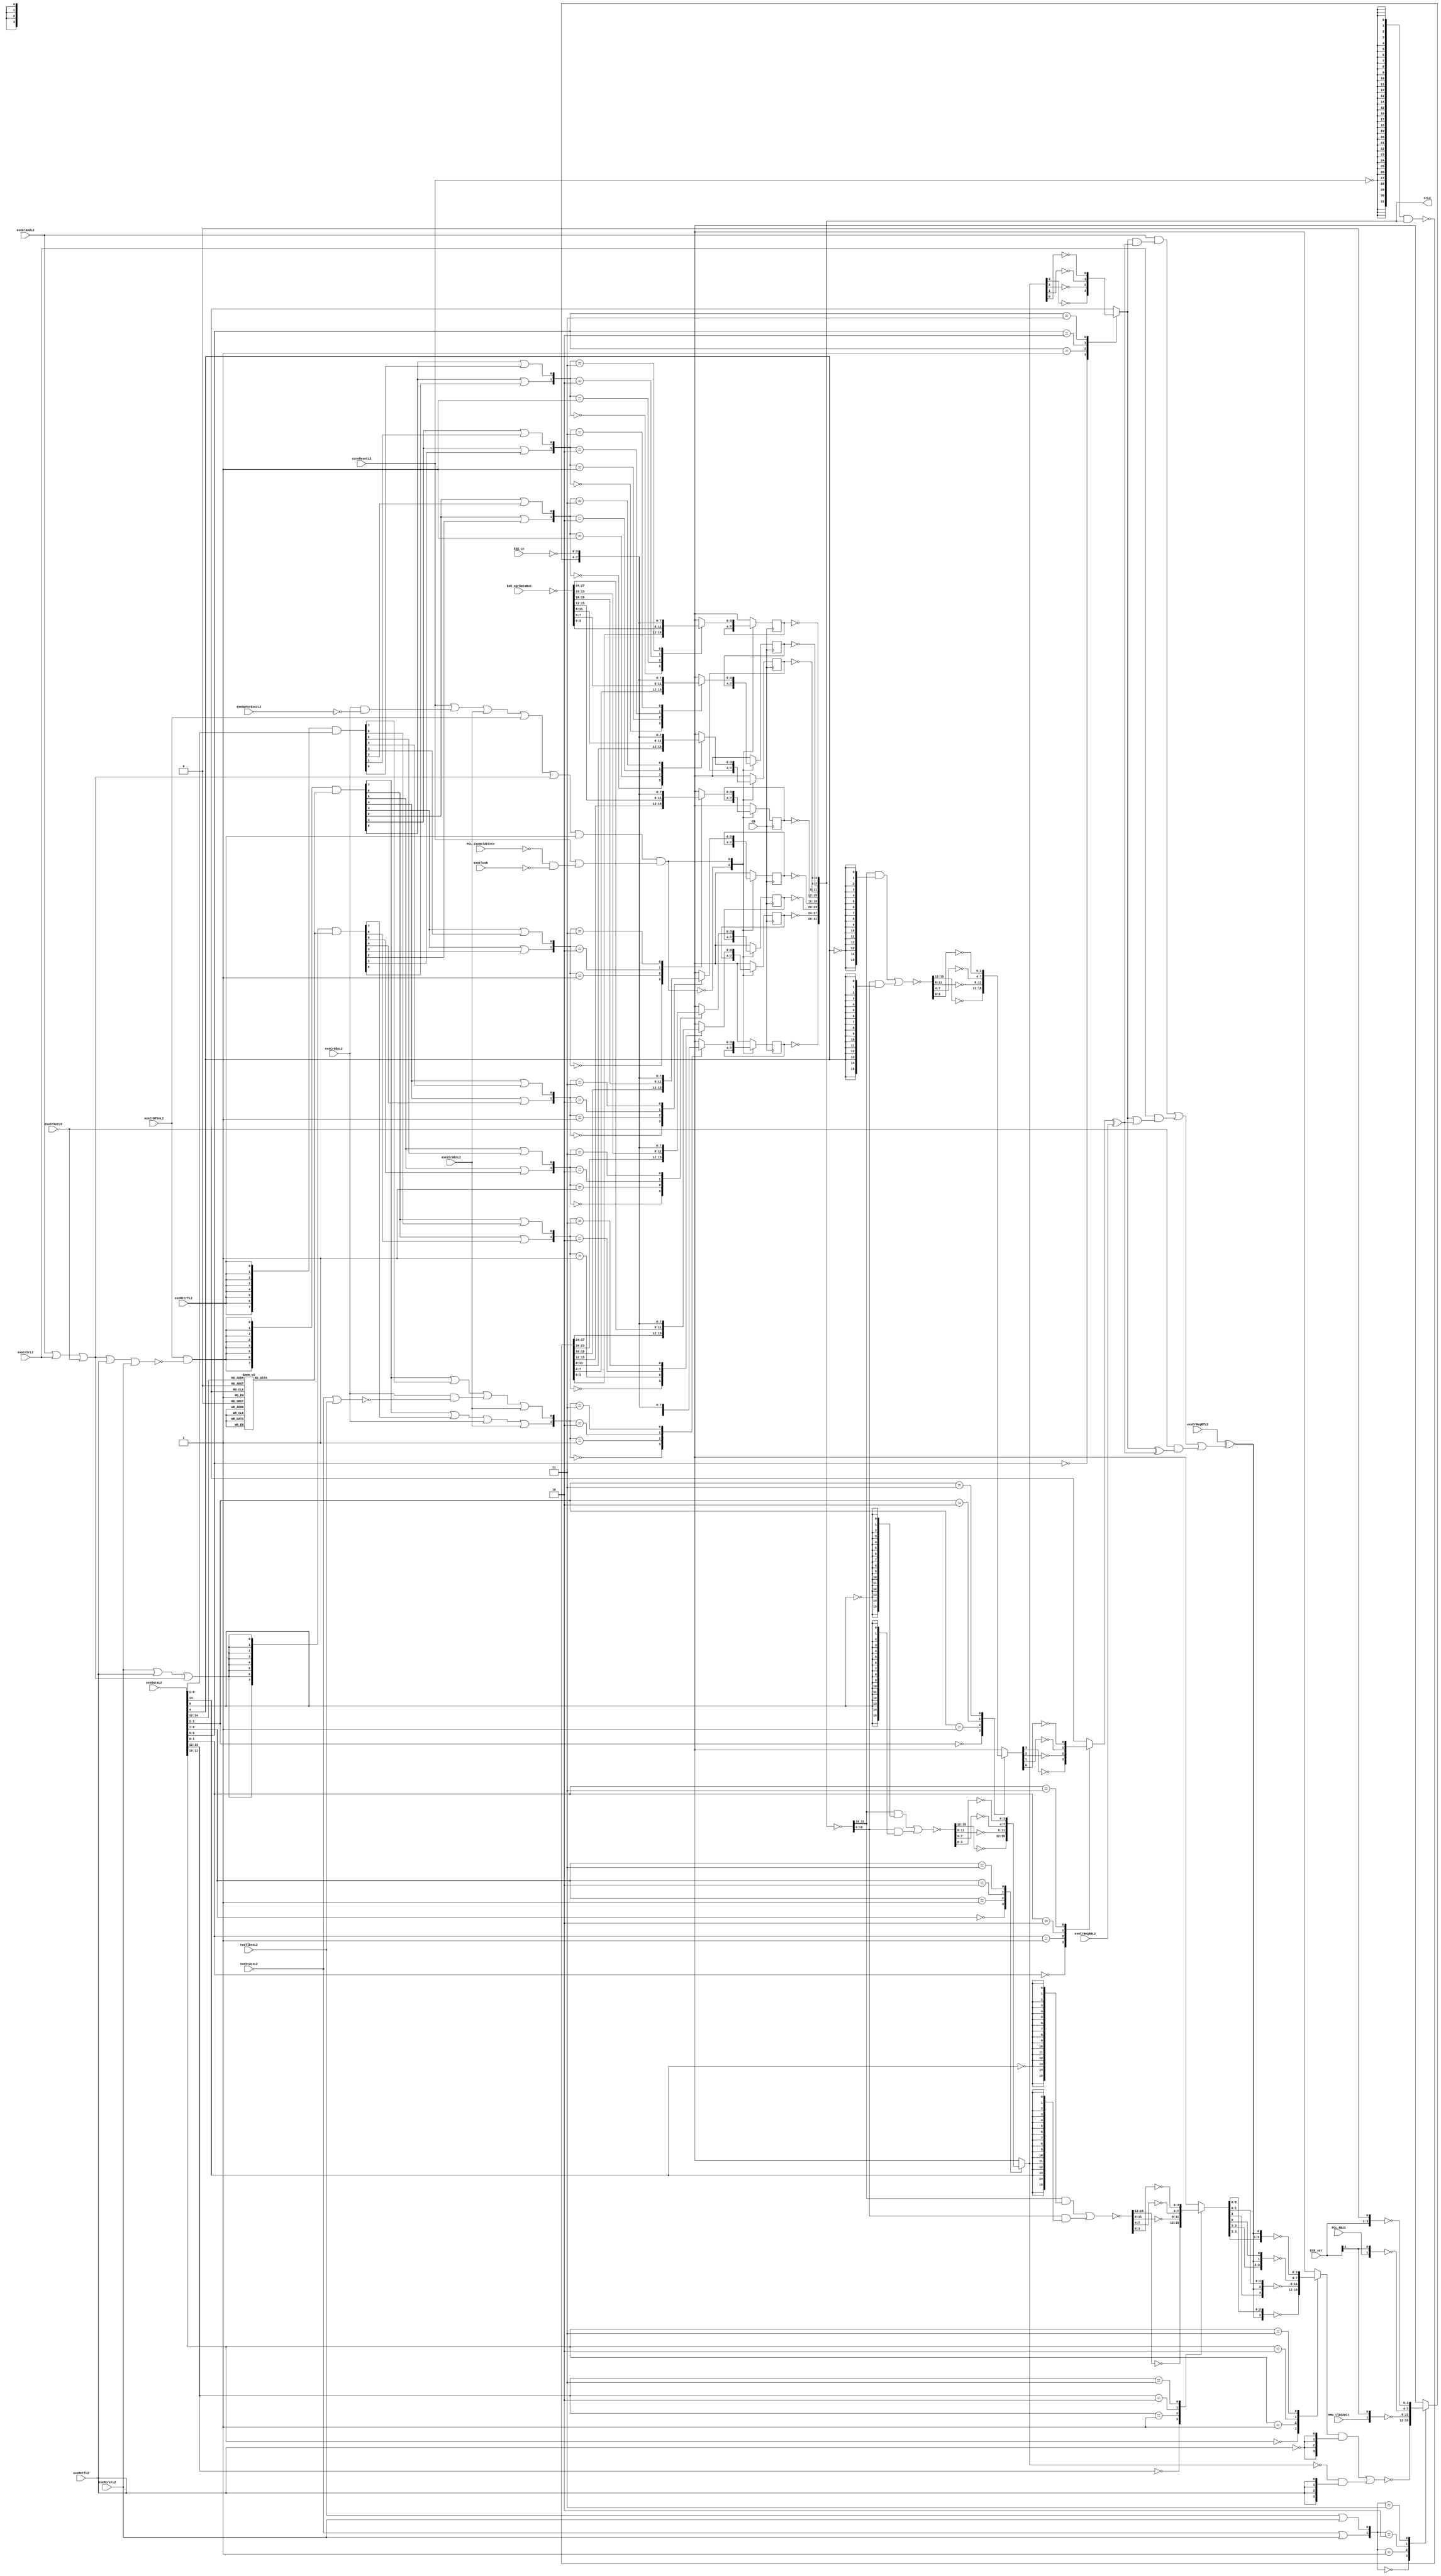
// 
// ************************************************************************** 
// 
//  Copyright (c) International Business Machines Corporation, 2005. 
// 
//  This file contains trade secrets and other proprietary and confidential 
//  information of International Business Machines Corporation which are 
//  protected by copyright and other intellectual property rights and shall 
//  not be reproduced, transferred to other documents, disclosed to others, 
//  or used for any purpose except as specifically authorized in writing by 
//  International Business Machines Corporation. This notice must be 
//  contained as part of this text at all times. 
// 
// ************************************************************************** 
//

module p405s_condReg( 
     crL2, CB, EXE_cc, EXE_sprDataBus, EXE_xer,
     MMU_tlbSXHit, PCL_Rbit, PCL_exeHoldForCr, coreResetL2, exe2Cr0EnL2, exeCr0EnL2,
     exeCrAndL2, exeCrBfEnL2, exeCrNegBBL2, exeCrNegBTL2, exeCrOrL2, exeCrXorL2,
     exeDataL2, exeFlush, exeMcrfL2, exeMcrxrL2, exeMtcrfL2, exeOpForExe2L2, exeStwcxL2,
     exeTlbsxL2
);


output [0:31]  crL2;

input  MMU_tlbSXHit, PCL_Rbit, PCL_exeHoldForCr, coreResetL2, exe2Cr0EnL2, exeCr0EnL2,
     exeCrAndL2, exeCrBfEnL2, exeCrNegBBL2, exeCrNegBTL2, exeCrOrL2, exeCrXorL2, exeFlush,
     exeMcrfL2, exeMcrxrL2, exeMtcrfL2, exeOpForExe2L2, exeStwcxL2, exeTlbsxL2;

input        CB;
input [0:3]  EXE_cc;
input [0:2]  EXE_xer;
input [0:31]  EXE_sprDataBus;
input [6:20]  exeDataL2;

// Buses in the design
wire  [0:3]  EXE_cc_Neg;
wire  [0:3]  crBFA;
wire  [0:1]  crInstMuxSel;
wire  [0:3]  crInst_Neg;
wire  [0:31]  EXE_sprDataBus_Neg;
wire  [0:15]  crBABFA_0;
wire  [0:15]  crMuxSelBus;
wire  [0:31]  crRegNeg;
wire  [0:3]  crBFANeg;
wire  [0:3]  crBB_12;
wire  [0:15]  crBB_0;
wire  [0:3]  crLogMcrf;
wire  [0:31]  crFeedBack_Neg;
wire  [0:15]  crBTField_0;
wire  [0:3]  crBTField;
wire  [0:3]  crLogical;
wire  coreReset_Neg;
wire  crLog, crBBwComp, crAnd, crOr, crXor;
wire  [0:7]   selCC, selCrInst, selSprBus;
reg   [0:7]   bfSel;
wire crBB, crBA, crBTNeg, crE1, crE2;
wire [6:8] exeDataL2_lo;
wire [12:19] exeDataL2_hi;
reg [0:3] crReg7_next, crReg7;
reg [0:3] crReg6_next, crReg6;
reg [0:3] crReg5_next, crReg5;
reg [0:3] crReg4_next, crReg4;
reg [0:3] crReg3_next, crReg3;
reg [0:3] crReg2_next, crReg2;
reg [0:3] crReg1_next, crReg1;
reg [0:3] crReg0_next, crReg0;
reg [0:3] crInstr_mux;
reg [0:3] crBT_34_mux;
reg [0:3] crBT_12_mux;
reg crBB_34_mux;
reg crBA_34_mux;
reg [0:3] crBABFA_12_mux;
reg [0:3] crBB_12_mux;


wire [0:31]  crL2_int;
assign crL2 = crL2_int;

//Removed the module 'dp_logIFB_sprBusInv' 
assign EXE_sprDataBus_Neg = ~EXE_sprDataBus;

//Removed the module 'dp_logIFB_condCodeInv' 
assign EXE_cc_Neg = ~EXE_cc;

//Removed the module 'dp_logIFB_crFeedback'
assign crFeedBack_Neg = ~({32{coreReset_Neg}} & crL2_int); 

//Removed the module 'condRegEqs' 
//
// cr logical instruction
assign crLog = exeCrAndL2 | exeCrOrL2 | exeCrXorL2;
//
// cr controls as follows
// crBBwComp - invert BB input
// crAnd     - execute And function
// crOr      - execute Or function
// crXor     - execute Xor function
// crBTNeg   - invert the function output
assign crBBwComp = crBB ^ exeCrNegBBL2;
assign crAnd = crBA & crBBwComp;
assign crOr = crBA | crBBwComp;
assign crXor = crBA ^ crBBwComp;
assign crBTNeg = exeCrNegBTL2 ^~
           ((exeCrAndL2 & crAnd) | (exeCrOrL2 & crOr) | (exeCrXorL2 & crXor));

// Select for crInst mux.
// 00 - cr logical
// 01 - tlbsx
// 10 - stwcx
// 11 - mcrxr
assign crInstMuxSel[0] = exeStwcxL2 | exeMcrxrL2;
assign crInstMuxSel[1] = exeTlbsxL2 | exeMcrxrL2;

// crE1 equation
// exeCr0EnL2 contains exeStwcxL2 and exeTlbsxL2 and many others.
// exeCrBfEnL2 contains mcrxr and mcrf and many others.
// crLog contains all CR logical instructions
assign crE1 = coreResetL2 | (exeCr0EnL2 & ~exeOpForExe2L2) | exe2Cr0EnL2 |
              exeCrBfEnL2 | crLog | exeMtcrfL2;
assign crE2 = coreResetL2 | (~PCL_exeHoldForCr & ~exeFlush);

assign coreReset_Neg = ~coreResetL2;

// *******************
// Build crMuxSelBus *
// *******************

// Decode exeBT_BF field.
always @(exeDataL2_lo)
begin
   casez(exeDataL2_lo)
     3'b000: bfSel[0:7] = 8'h80;
     3'b001: bfSel[0:7] = 8'h40;
     3'b010: bfSel[0:7] = 8'h20;
     3'b011: bfSel[0:7] = 8'h10;
     3'b100: bfSel[0:7] = 8'h08;
     3'b101: bfSel[0:7] = 8'h04;
     3'b110: bfSel[0:7] = 8'h02;
     3'b111: bfSel[0:7] = 8'h01;
     default: bfSel[0:7] = 8'hxx;
   endcase
end


// cr reg input mux selection
// 00 - feedback
// 01 - spr bus
// 10 - cr instructions
// 11 - exe CC
// APU will be included in exeCrBfEnL2 and exeDataBF when loading exe registers
// exeCr0EnL2 includes stwcx and tlbsx.
// Will rely on exe stage regs being cleared by reset so that crMuxSel will
// select the reset/hold leg 16'h0000
assign exeDataL2_hi[12:19] = exeDataL2[12:19];
assign exeDataL2_lo[6:8] =  exeDataL2[6:8];
assign selSprBus[0:7] = ({8{exeMtcrfL2}} & exeDataL2_hi[12:19]);
assign selCrInst[0:7] = ({8{(exeMcrxrL2 | exeMcrfL2 | crLog)}} & bfSel[0:7]);
assign selCC[0:7] = ({8{exeCrBfEnL2 & ~(crLog | exeMcrfL2 | exeMcrxrL2)}}
                    & bfSel[0:7]);

// CR0 has additional instructions that only update cr0.
// stwcx and tlbsx are included in exeCr0EnL2 but get there cr update from
// the cr instruction leg of the mux.
// Don't need to qualify exeCr0EnL2 with exeOpForExe2L2 because E1
// blocks update.
assign crMuxSelBus[0] = selCC[0] | selCrInst[0] | exeCr0EnL2 | exe2Cr0EnL2;
assign crMuxSelBus[1] = selCC[0] | selSprBus[0] |
                        (exeCr0EnL2 & ~(exeStwcxL2 | exeTlbsxL2)) | exe2Cr0EnL2;

assign crMuxSelBus[2] = selCC[1] | selCrInst[1];
assign crMuxSelBus[3] = selCC[1] | selSprBus[1];

assign crMuxSelBus[4] = selCC[2] | selCrInst[2];
assign crMuxSelBus[5] = selCC[2] | selSprBus[2];

assign crMuxSelBus[6] = selCC[3] | selCrInst[3];
assign crMuxSelBus[7] = selCC[3] | selSprBus[3];

assign crMuxSelBus[8] = selCC[4] | selCrInst[4];
assign crMuxSelBus[9] = selCC[4] | selSprBus[4];

assign crMuxSelBus[10] = selCC[5] | selCrInst[5];
assign crMuxSelBus[11] = selCC[5] | selSprBus[5];

assign crMuxSelBus[12] = selCC[6] | selCrInst[6];
assign crMuxSelBus[13] = selCC[6] | selSprBus[6];

assign crMuxSelBus[14] = selCC[7] | selCrInst[7];
assign crMuxSelBus[15] = selCC[7] | selSprBus[7];


//Removed the module 'dp_regIFB_crReg7'
//Removed the module 'dp_regIFB_crReg6'
//Removed the module 'dp_regIFB_crReg5'
//Removed the module 'dp_regIFB_crReg4'
//Removed the module 'dp_regIFB_crReg3'
//Removed the module 'dp_regIFB_crReg2'
//Removed the module 'dp_regIFB_crReg1'
//Removed the module 'dp_regIFB_crReg0'


assign crL2_int[28:31] = ~crReg7;
// 4-1 Mux input to register
always @(crFeedBack_Neg or EXE_sprDataBus_Neg or crInst_Neg 
              or EXE_cc_Neg or crMuxSelBus)
  casez(crMuxSelBus[14:15])
    2'b00: crReg7_next = crFeedBack_Neg[28:31];
    2'b01: crReg7_next = EXE_sprDataBus_Neg[28:31];
    2'b10: crReg7_next = crInst_Neg[0:3];
    2'b11: crReg7_next = EXE_cc_Neg[0:3];
    default: crReg7_next = 4'bx;
  endcase
// posedge FF
always @(posedge CB)
  casez(crE1 & crE2)
    1'b0: crReg7 <= crReg7;
    1'b1: crReg7 <= crReg7_next;
    default: crReg7 <= 4'bx;
  endcase

assign crL2_int[24:27] = ~crReg6;
// 4-1 Mux input to register
always @(crFeedBack_Neg or EXE_sprDataBus_Neg or crInst_Neg or 
            EXE_cc_Neg or crMuxSelBus)
  casez(crMuxSelBus[12:13])
    2'b00: crReg6_next = crFeedBack_Neg[24:27];
    2'b01: crReg6_next = EXE_sprDataBus_Neg[24:27];
    2'b10: crReg6_next = crInst_Neg[0:3];
    2'b11: crReg6_next = EXE_cc_Neg[0:3];
    default: crReg6_next = 4'bx;
  endcase
// posedge FF
always @(posedge CB)
  casez(crE1 & crE2)
    1'b0: crReg6 <= crReg6;
    1'b1: crReg6 <= crReg6_next;
    default: crReg6 <= 4'bx;
  endcase

assign crL2_int[20:23] = ~crReg5;
// 4-1 Mux input to register
always @(crFeedBack_Neg or EXE_sprDataBus_Neg or crInst_Neg or 
            EXE_cc_Neg or crMuxSelBus)
  casez(crMuxSelBus[10:11])
    2'b00: crReg5_next = crFeedBack_Neg[20:23];
    2'b01: crReg5_next = EXE_sprDataBus_Neg[20:23];
    2'b10: crReg5_next = crInst_Neg[0:3];
    2'b11: crReg5_next = EXE_cc_Neg[0:3];
    default: crReg5_next = 4'bx;
  endcase
// posedge FF
always @(posedge CB)
  casez(crE1 & crE2)
    1'b0: crReg5 <= crReg5;
    1'b1: crReg5 <= crReg5_next;
    default: crReg5 <= 4'bx;
  endcase

assign crL2_int[16:19] = ~crReg4;
// 4-1 Mux input to register
always @(crFeedBack_Neg or EXE_sprDataBus_Neg or crInst_Neg or 
            EXE_cc_Neg or crMuxSelBus)
  casez(crMuxSelBus[8:9])
    2'b00: crReg4_next = crFeedBack_Neg[16:19];
    2'b01: crReg4_next = EXE_sprDataBus_Neg[16:19];
    2'b10: crReg4_next = crInst_Neg[0:3];
    2'b11: crReg4_next = EXE_cc_Neg[0:3];
    default: crReg4_next = 4'bx;
  endcase
// posedge FF
always @(posedge CB)
  casez(crE1 & crE2)
    1'b0: crReg4 <= crReg4;
    1'b1: crReg4 <= crReg4_next;
    default: crReg4 <= 4'bx;
  endcase

assign crL2_int[12:15] = ~crReg3;
// 4-1 Mux input to register
always @(crFeedBack_Neg or EXE_sprDataBus_Neg or 
         crInst_Neg or EXE_cc_Neg or crMuxSelBus)
  casez(crMuxSelBus[6:7])
    2'b00: crReg3_next = crFeedBack_Neg[12:15];
    2'b01: crReg3_next = EXE_sprDataBus_Neg[12:15];
    2'b10: crReg3_next = crInst_Neg[0:3];
    2'b11: crReg3_next = EXE_cc_Neg[0:3];
    default: crReg3_next = 4'bx;
  endcase
// posedge FF
always @(posedge CB)
  casez(crE1 & crE2)
    1'b0: crReg3 <= crReg3;
    1'b1: crReg3 <= crReg3_next;
    default: crReg3 <= 4'bx;
  endcase

assign crL2_int[8:11] = ~crReg2;
// 4-1 Mux input to register
always @(crFeedBack_Neg or EXE_sprDataBus_Neg or crInst_Neg 
             or EXE_cc_Neg or crMuxSelBus)
  casez(crMuxSelBus[4:5])
    2'b00: crReg2_next = crFeedBack_Neg[8:11];
    2'b01: crReg2_next = EXE_sprDataBus_Neg[8:11];
    2'b10: crReg2_next = crInst_Neg[0:3];
    2'b11: crReg2_next = EXE_cc_Neg[0:3];
    default: crReg2_next = 4'bx;
  endcase
// posedge FF
always @(posedge CB)
  casez(crE1 & crE2)
    1'b0: crReg2 <= crReg2;
    1'b1: crReg2 <= crReg2_next;
    default: crReg2 <= 4'bx;
  endcase

assign crL2_int[4:7] = ~crReg1;
// 4-1 Mux input to register
always @(crFeedBack_Neg or EXE_sprDataBus_Neg or crInst_Neg or 
           EXE_cc_Neg or crMuxSelBus)
  casez(crMuxSelBus[2:3])
    2'b00: crReg1_next = crFeedBack_Neg[4:7];
    2'b01: crReg1_next = EXE_sprDataBus_Neg[4:7];
    2'b10: crReg1_next = crInst_Neg[0:3];
    2'b11: crReg1_next = EXE_cc_Neg[0:3];
    default: crReg1_next = 4'bx;
  endcase
// posedge FF
always @(posedge CB)
  casez(crE1 & crE2)
    1'b0: crReg1 <= crReg1;
    1'b1: crReg1 <= crReg1_next;
    default: crReg1 <= 4'bx;
  endcase

assign crL2_int[0:3] = ~crReg0;
// 4-1 Mux input to register
always @(crFeedBack_Neg or EXE_sprDataBus_Neg or crInst_Neg or 
            EXE_cc_Neg or crMuxSelBus)
  casez(crMuxSelBus[0:1])
    2'b00: crReg0_next = crFeedBack_Neg[0:3];
    2'b01: crReg0_next = EXE_sprDataBus_Neg[0:3];
    2'b10: crReg0_next = crInst_Neg[0:3];
    2'b11: crReg0_next = EXE_cc_Neg[0:3];
    default: crReg0_next = 4'bx;
  endcase
// posedge FF
always @(posedge CB)
  casez(crE1 & crE2)
    1'b0: crReg0 <= crReg0;
    1'b1: crReg0 <= crReg0_next;
    default: crReg0 <= 4'bx;
  endcase

//Removed the module 'dp_logIFB_crInv' 
assign crRegNeg[0:31] = ~crL2_int[0:31];

//Removed the module 'dp_logIFB_crBFAInv'
assign crBFA[0:3] = ~crBFANeg[0:3];

//Removed the module 'dp_muxIFB_crLogMcrf' 
assign crLogMcrf[0:3] = 
      (crLogical[0:3] & {(4){~(exeMcrfL2)}} ) | (crBFA[0:3] & {(4){exeMcrfL2}});

//Removed the module 'dp_muxIFB_crInstr' 
assign crInst_Neg[0:3] = crInstr_mux[0:3];
always @(crInstMuxSel or crLogMcrf or MMU_tlbSXHit or EXE_xer or PCL_Rbit)
  case(crInstMuxSel[0:1])
    2'b00: crInstr_mux = ~crLogMcrf[0:3];
    2'b01: crInstr_mux = ~{1'b0, 1'b0, MMU_tlbSXHit, EXE_xer[0]};
    2'b10: crInstr_mux = ~{1'b0, 1'b0, PCL_Rbit, EXE_xer[0]};
    2'b11: crInstr_mux = ~{EXE_xer[0:2], 1'b0};
    default: crInstr_mux = 4'bx;
  endcase

//Removed the module 'dp_muxIFB_crBT_34' 
assign crLogical[0:3] = crBT_34_mux[0:3];
always @(crBTNeg or crBTField or exeDataL2)
  case(exeDataL2[9:10])
    2'b00: crBT_34_mux = ~{crBTNeg, crBTField[1:3]};
    2'b01: crBT_34_mux = ~{crBTField[0], crBTNeg, crBTField[2:3]};
    2'b10: crBT_34_mux = ~{crBTField[0:1], crBTNeg, crBTField[3]};
    2'b11: crBT_34_mux = ~{crBTField[0:2], crBTNeg};
    default: crBT_34_mux = 4'bx;
  endcase

//Removed the module 'dp_muxIFB_crBT_12' 
assign crBTField[0:3] = crBT_12_mux[0:3];
always @(crBTField_0 or exeDataL2)
  case(exeDataL2[7:8])
    2'b00: crBT_12_mux = ~crBTField_0[0:3];
    2'b01: crBT_12_mux = ~crBTField_0[4:7];
    2'b10: crBT_12_mux = ~crBTField_0[8:11];
    2'b11: crBT_12_mux = ~crBTField_0[12:15];
    default: crBT_12_mux = 4'bx;
  endcase

//Removed the module 'dp_muxIFB_crBT_0' 
assign crBTField_0[0:15] = 
    ~( (crRegNeg[0:15] & {(16){~(exeDataL2[6])}} ) | (crRegNeg[16:31] & {(16){exeDataL2[6]}} ) );

//Removed the module 'dp_muxIFB_crBB_34' 
assign crBB = crBB_34_mux;
always @(crBB_12 or exeDataL2)
  case(exeDataL2[19:20])
    2'b00: crBB_34_mux = ~crBB_12[0];
    2'b01: crBB_34_mux = ~crBB_12[1];
    2'b10: crBB_34_mux = ~crBB_12[2];
    2'b11: crBB_34_mux = ~crBB_12[3];
    default: crBB_34_mux = 1'bx;
  endcase

//Removed the module 'dp_muxIFB_crBA_34' 
assign crBA = crBA_34_mux;
always @(crBFANeg or exeDataL2)
  case(exeDataL2[14:15])
    2'b00: crBA_34_mux = ~crBFANeg[0];
    2'b01: crBA_34_mux = ~crBFANeg[1];
    2'b10: crBA_34_mux = ~crBFANeg[2];
    2'b11: crBA_34_mux = ~crBFANeg[3];
    default: crBA_34_mux = 1'bx;
  endcase

//Removed the module 'dp_muxIFB_crBABFA_12' 
assign crBFANeg[0:3] = crBABFA_12_mux[0:3];
always @(crBABFA_0 or exeDataL2)
  case(exeDataL2[12:13])
    2'b00: crBABFA_12_mux = ~crBABFA_0[0:3];
    2'b01: crBABFA_12_mux = ~crBABFA_0[4:7];
    2'b10: crBABFA_12_mux = ~crBABFA_0[8:11];
    2'b11: crBABFA_12_mux = ~crBABFA_0[12:15];
    default: crBABFA_12_mux = 4'bx;
  endcase

//Removed the module 'dp_muxIFB_crBABFA_0'
assign crBABFA_0[0:15] = 
    ~( (crRegNeg[0:15] & {(16){~(exeDataL2[11])}} ) | (crRegNeg[16:31] & {(16){exeDataL2[11]}} ) );

//Removed the module 'dp_muxIFB_crBB_12' 
assign crBB_12[0:3] = crBB_12_mux[0:3];
always @(crBB_0 or exeDataL2)
  case(exeDataL2[17:18])
    2'b00: crBB_12_mux = ~crBB_0[0:3];
    2'b01: crBB_12_mux = ~crBB_0[4:7];
    2'b10: crBB_12_mux = ~crBB_0[8:11];
    2'b11: crBB_12_mux = ~crBB_0[12:15];
    default: crBB_12_mux = 4'bx;
  endcase

//Removed the module 'dp_muxIFB_crBB_0'
assign crBB_0[0:15] = 
    ~((crRegNeg[0:15] & {(16){~(exeDataL2[16])}} ) | (crRegNeg[16:31] & {(16){exeDataL2[16]}}));


endmodule